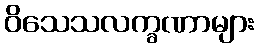
ဝိသေသလက္ခဏာများ